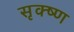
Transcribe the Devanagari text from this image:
सृक्ष्‍ण